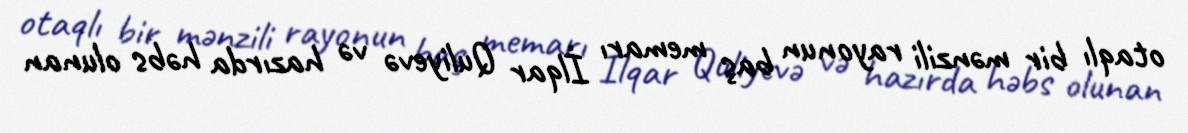
otaqlı bir mənzili rayonun baş memarı İlqar Quliyevə və hazırda həbs olunan